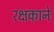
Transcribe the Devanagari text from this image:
रक्षकाने